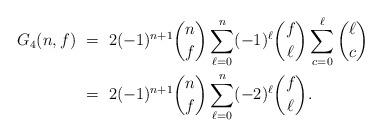
LaTeX: \begin{align*} G_4(n,f) \ &= \ 2 (-1)^{n+1} \binom{n}{f} \sum_{\ell = 0}^n (-1)^\ell \binom{f}{\ell} \sum_{c = 0 }^\ell \binom{\ell}{c} \\ &= \ 2 (-1)^{n+1} \binom{n}{f} \sum_{\ell = 0}^n (-2)^\ell \binom{f}{\ell}.\end{align*}